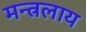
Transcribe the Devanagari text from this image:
मन्त्रलाय